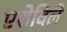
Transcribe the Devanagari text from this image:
एशेविले